Medical and sanitary report of the native army of Madras for the year
Year: 1875
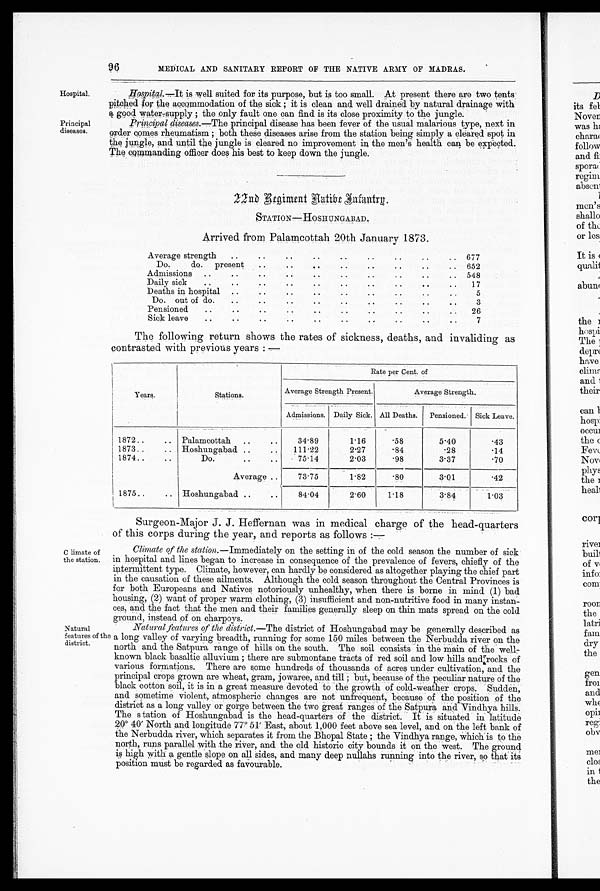
Hospital.
Principal
diseases.
96
MEDICAL AND SANITARY REPORT OF THE NATIVE ARMY OF MADRAS.
Hospital.—It is well suited for its purpose, but is too small. At present there are two tents'
pitched for the accommodation of the sick; it is clean and well drained by natural drainage with
a good water-supply; the only fault one can find is its close proximity to the jungle.
Principal diseases.—The principal disease has been fever of the usual malarious type, next in
order comes rheumatism; both these diseases arise from the station being simply a cleared spot in
the jungle, and until the jungle is cleared no improvement in the men's health can be expected.
The commanding officer does his best to keep down the jungle.
22nd Regiment Native Infantry.
STATION—HOSHUNGABAD.
Arrived from Palamcottah 20th January 1873.
Average strength
..
..
..
..
.. ..
..
.. 677
Do. do. present
..
..
..
..
..
. .
..
.. 652
Admissions
. .
..
..
..
..
..
..
.. 548
Daily sick
..
..
..
.. ..
..
..
..
17
Deaths in hospital
..
..
..
..
.. ..
..
..
5
Do. out of do.
..
..
..
..
..
..
.. ..
3
Pensioned
..
..
..
..
..
..
..
..
26
Sick leave
..
..
..
..
..
.. ..
..
7
The following return shows the rates of sickness, deaths, and invaliding as
contrasted with previous years:—
Y e a r s .
S t a t i o n s .
Average Strength Present.
Average Strength.
Admissions. Daily Sick. All Deaths. Pensioned. Sick Leave.
1872
Palamcottah
3 4 . 8 9
1.16
.58
5 . 4 0
.43
1873
Hoshungabad
111.22
2.27
.84
.28
.14
1874
Do.
75.14
2.03
.98
3.37
. 7 0
Average
73.75
1.82
.80
3.01
.42
1875
Hoshungabad
8 4 . 0 4
2.60
1.18
3.84
1.03
Surgeon-Major J. J. Heffernan was in medical charge of the head-quarters
of this corps during the year, and reports as follows:—
C limate of
the station.
Natural
features of the
district.
Climate of the station .—Immediately on the setting in of the cold season the number of sick
in hospital and lines began to increase in consequence of the prevalence of fevers, chiefly of the
intermittent type. Climate, however, can hardly be considered as altogether playing the chief part
in the causation of these ailments. Although the cold season throughout the Central Provinces is
for both Europeans and Natives notoriously unhealthy, when there is borne in mind (1) bad
housing, (2) want of proper warm clothing, (3) insufficient and non-nutritive food in many instan-
ces, and the fact that the men and their families generally sleep on thin mats spread on the cold
ground, instead of on charpoys.
Natural features of the district. —The district of Hoshungabad may be generally described as
a long valley of varying breadth, running for some 150 miles between the Nerbudda river on the
north and the Satpura range of hills on the south. The soil consists in the main of the well-
known black basaltic alluvium; there are submontane tracts of red soil and low hills and rocks of
various formations. There are some hundreds of thousands of acres under cultivation, and the
principal crops grown are wheat, gram, jowaree, and till; but, because of the peculiar nature of the
black cotton soil, it is in a great measure devoted to the growth of cold-weather crops. Sudden,
and sometime violent, atmospheric changes are not unfrequent, because of the position of the
district as a long valley or gorge between the two great ranges of the Satpura and Vindhya hills.
The station of Hoshungabad is the head-quarters of the district. It is situated in latitude
20° 40' North and longitude 77° 51' East, about 1,000 feet above sea level, and on the left bank of
the Nerbudda river, which separates it from the Bhopal State; the Vindhya range, which is to the
north, runs parallel with the river, and the old historic city bounds it on the west. The ground
is high with a gentle slope on all sides, and many deep nullahs running into the river, so that its
position must be regarded as favourable.